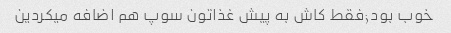
خوب بود;فقط کاش به پیش غذاتون سوپ هم اضافه میکردین